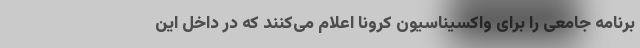
برنامه جامعی را برای واکسیناسیون کرونا اعلام می‌کنند که در داخل این